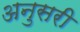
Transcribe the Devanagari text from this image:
अनुसरी